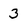
Character: 3